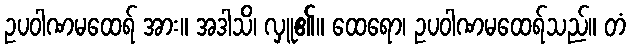
ဥပဝါဏမထေရ် အား။ အဒါသိ၊ လှူ၏။ ထေရော၊ ဥပဝါဏမထေရ်သည်။ တံ